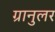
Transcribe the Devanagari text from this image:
ग्रानुलर